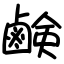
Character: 鹸